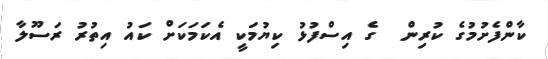
ކާންފެށުމުގެ ކުރިން  ގެ އިސްފުޅު ކިޔުމަކީ އެކަމަކަށް ކައު އިތުރު ރަސޫލާ